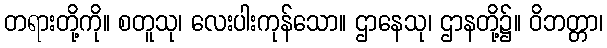
တရားတို့ကို။ စတူသု၊ လေးပါးကုန်သော။ ဌာနေသု၊ ဌာနတို့၌။ ဝိဘတ္တာ၊